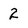
Character: 2